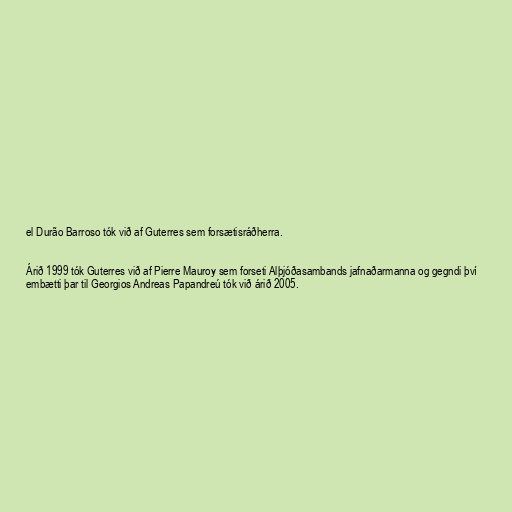
el Durão Barroso tók við af Guterres sem forsætisráðherra.

Árið 1999 tók Guterres við af Pierre Mauroy sem forseti Alþjóðasambands jafnaðarmanna og gegndi því
embætti þar til Georgios Andreas Papandreú tók við árið 2005.